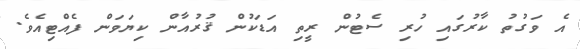
އެ ވަގުތު ކާރުގައި ހުރި ސެޓުން ރީތި އަޑަކުން ޤުރުއާން ކިޔަވަން ފެއްޓިއެވެ.